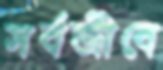
সর্বজীবে